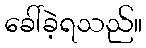
ခေါ်ခဲ့ရသည်။